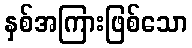
နှစ်အကြားဖြစ်သော